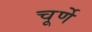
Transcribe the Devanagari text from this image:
चूर्णे